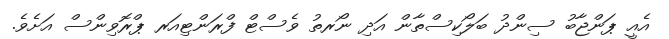
އެއީ ޕަންޖާބު ސިންދު ބަލޯކިސްތާން އަދި ނޯރތު ވެސްޓް ފްރަންޓިއަރ ޕްރޮވިންސް އަށެވެ.